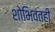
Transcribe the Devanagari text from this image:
शोभिवंतही